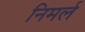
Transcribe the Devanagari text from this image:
निमर्ल